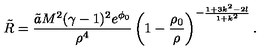
\tilde { R } = \frac { \tilde { a } M ^ { 2 } ( \gamma - 1 ) ^ { 2 } e ^ { \phi _ { 0 } } } { \rho ^ { 4 } } \left( 1 - \frac { \rho _ { 0 } } { \rho } \right) ^ { - \frac { 1 + 3 k ^ { 2 } - 2 l } { 1 + k ^ { 2 } } } .